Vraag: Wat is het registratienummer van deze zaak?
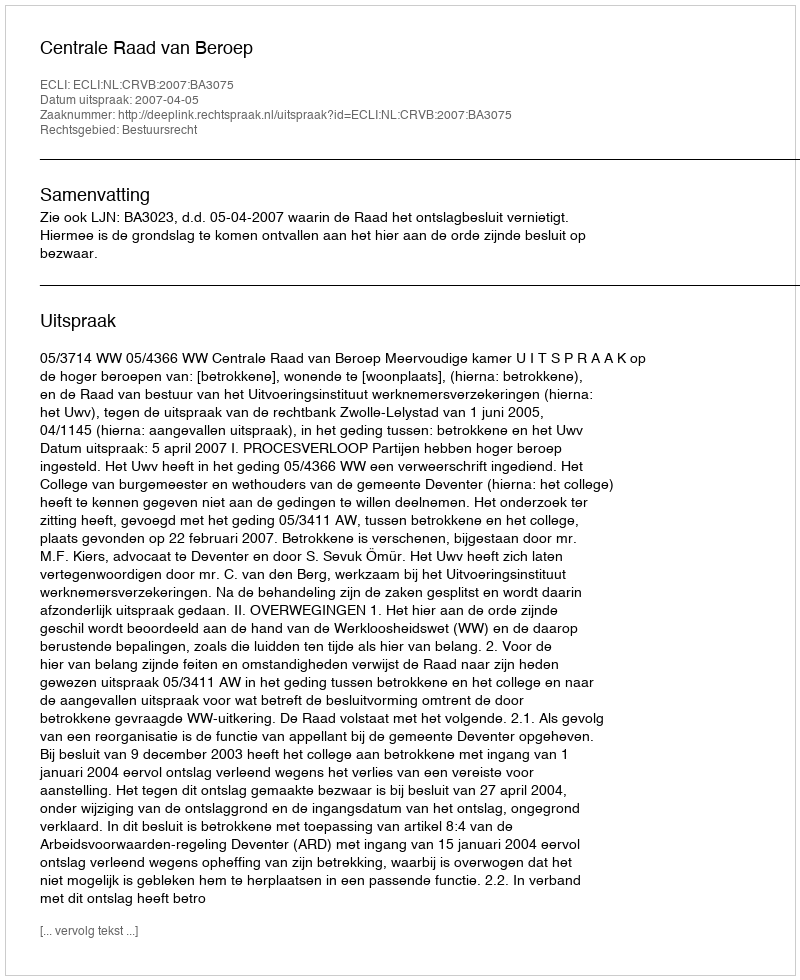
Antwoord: http://deeplink.rechtspraak.nl/uitspraak?id=ECLI:NL:CRVB:2007:BA3075